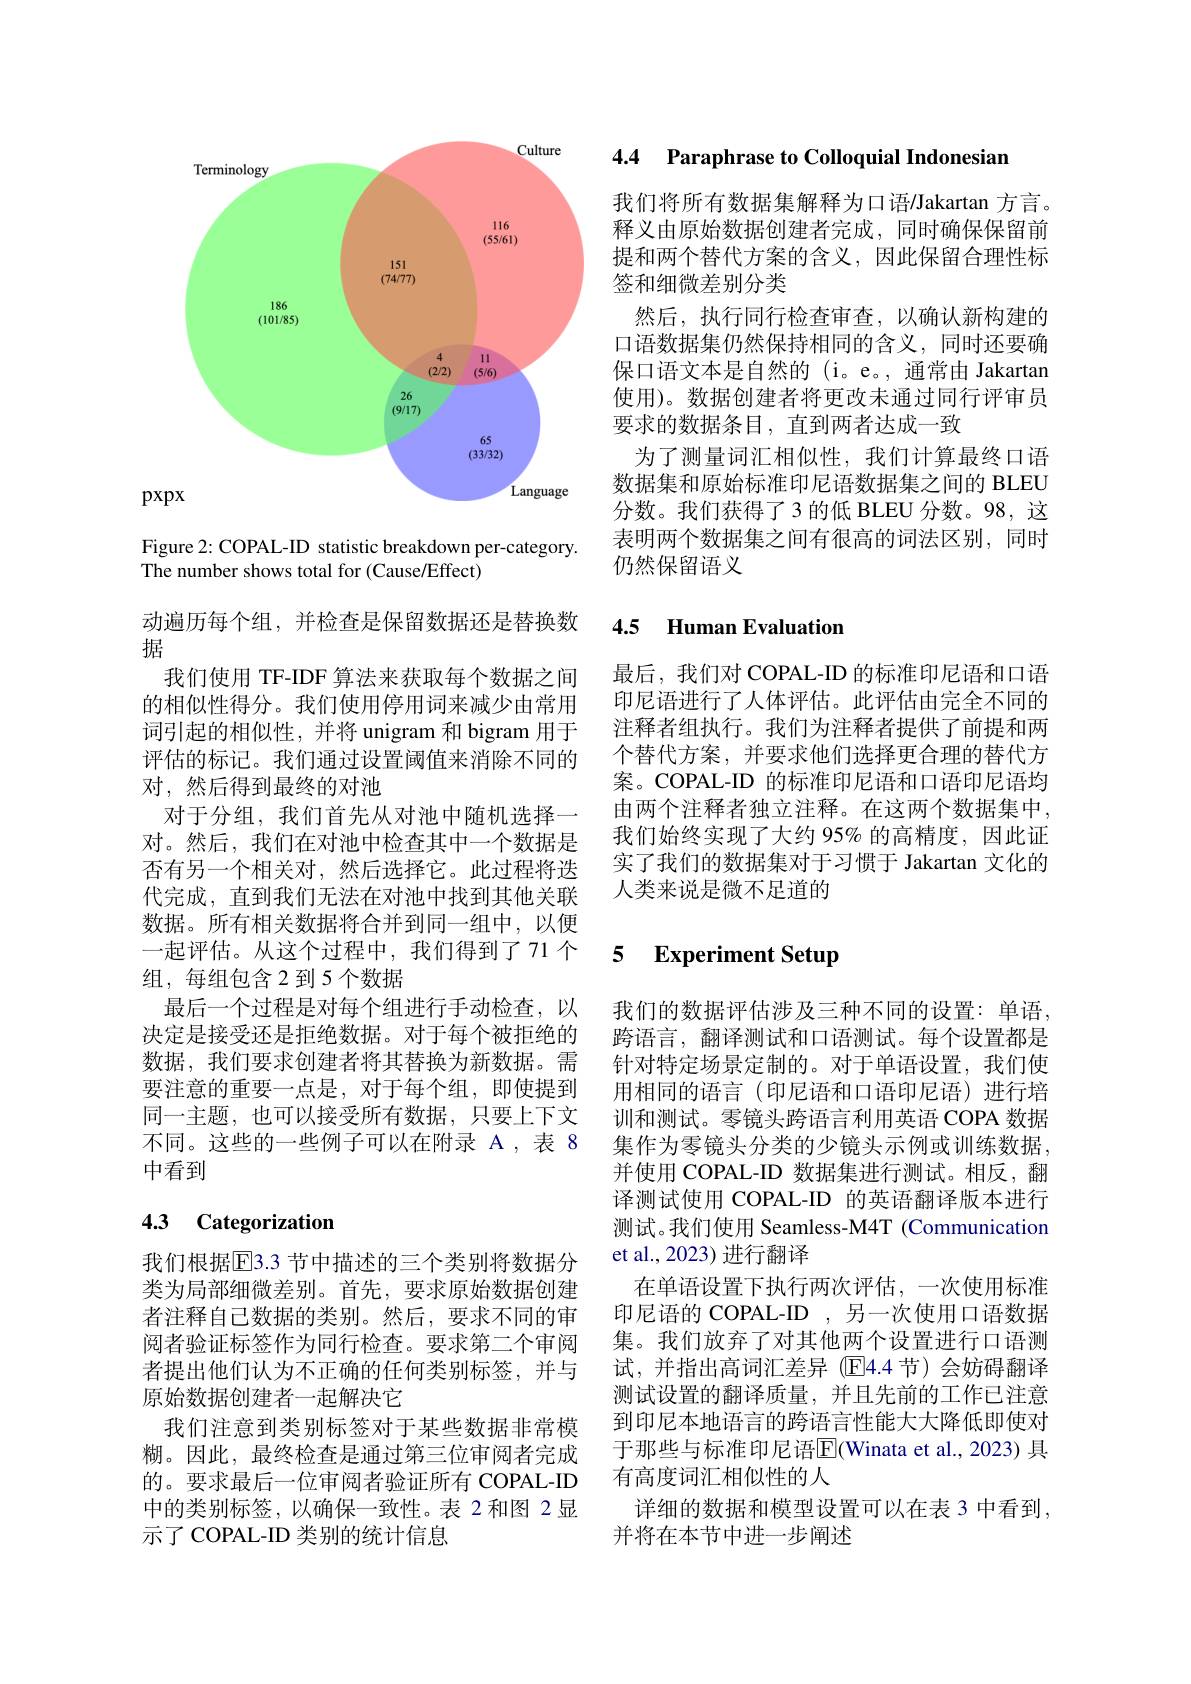
<FigureHere>

Figure 2: COPAL-ID statistic breakdown per-category.
The number shows total for (Cause/Effect)

动遍历每个组，并检查是保留数据还是替换数
据
我们使用 TF-IDF 算法来获取每个数据之间的相似性得分。我们使用停用词来减少由常用词引起的相似性，并将 unigram 和 bigram 用于评估的标记。我们通过设置阈值来消除不同的对，然后得到最终的对池
对于分组，我们首先从对池中随机选择一对。然后，我们在对池中检查其中一个数据是否有另一个相关对，然后选择它。此过程将迭代完成，直到我们无法在对池中找到其他关联数据。所有相关数据将合并到同一组中，以便一起评估。从这个过程中，我们得到了71 个组，每组包含 2 到 5 个数据
最后一个过程是对每个组进行手动检查，以决定是接受还是拒绝数据。对于每个被拒绝的数据，我们要求创建者将其替换为新数据。需要注意的重要一点是，对于每个组，即使提到同一主题，也可以接受所有数据，只要上下文不同。这些的一些例子可以在附录 A ,表 8中看到

## 4.3 Categorization

我们根据$\overline{\mathrm{E}}$3.3 节中描述的三个类别将数据分类为局部细微差别。首先，要求原始数据创建者注释自己数据的类别。然后，要求不同的审阅者验证标签作为同行检查。要求第二个审阅者提出他们认为不正确的任何类别标签，并与原始数据创建者一起解决它
我们注意到类别标签对于某些数据非常模糊。因此，最终检查是通过第三位审阅者完成的。要求最后一位审阅者验证所有 COPAL-ID 中的类别标签，以确保一致性。表 2 和图 2 显示了 COPAL-ID 类别的统计信息

4.4 Paraphrase to Colloquial Indonesian

我们将所有数据集解释为口语/Jakartan 方言。释义由原始数据创建者完成，同时确保保留前提和两个替代方案的含义，因此保留合理性标签和细微差别分类
然后，执行同行检查审查，以确认新构建的口语数据集仍然保持相同的含义，同时还要确保口语文本是自然的 (i。e。,通常由 Jakartan 使用)。数据创建者将更改未通过同行评审员要求的数据条目 , 直到两者达成一致
为了测量词汇相似性，我们计算最终口语数据集和原始标准印尼语数据集之间的 BLEU 分数。我们获得了3 的低 BLEU 分数。98, 这表明两个数据集之间有很高的词法区别，同时仍然保留语义

## 4.5 Human Evaluation

最后，我们对 COPAL-ID 的标准印尼语和口语印尼语进行了人体评估。此评估由完全不同的注释者组执行。我们为注释者提供了前提和两个替代方案，并要求他们选择更合理的替代方案。COPAL-ID 的标准印尼语和口语印尼语均由两个注释者独立注释。在这两个数据集中我们始终实现了大约 95% 的高精度，因此证实了我们的数据集对于习惯于 Jakartan 文化的人类来说是微不足道的

### 5 $\textbf{Experiment Setup}$

我们的数据评估涉及三种不同的设置：单语， 跨语言，翻译测试和口语测试。每个设置都是针对特定场景定制的。对于单语设置，我们使用相同的语言(印尼语和口语印尼语)进行培训和测试。零镜头跨语言利用英语 COPA 数据集作为零镜头分类的少镜头示例或训练数据， 并使用 COPAL-ID 数据集进行测试。相反，翻译测试使用 COPAL-ID 的英语翻译版本进行测试。我们使用 Seamless-M4T (Communication et al., 2023) 进行翻译
在单语设置下执行两次评估，一次使用标准印尼语的 COPAL-ID ,另一次使用口语数据集。我们放弃了对其他两个设置进行口语测试，并指出高词汇差异(E4.4 节)会妨碍翻译测试设置的翻译质量，并且先前的工作已注意到印尼本地语言的跨语言性能大大降低即使对于那些与标准印尼语$\overline{\mathbb{E}}($Winata et al., 2023) 具有高度词汇相似性的人
详细的数据和模型设置可以在表 3 中看到
并将在本节中进一步阐述